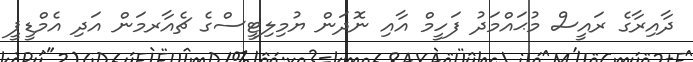
ދާއިރާގެ ރައީސް މުޙައްމަދު ފަހީމް އާއި ނޮދަން ޔުމިލިޓީސްގެ ޗެއާރމަން އަދި އެމްޑީޕީ